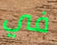
في